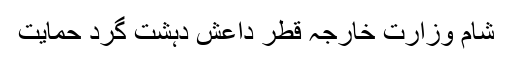
شام وزارت خارجہ قطر داعش دہشت گرد حمایت